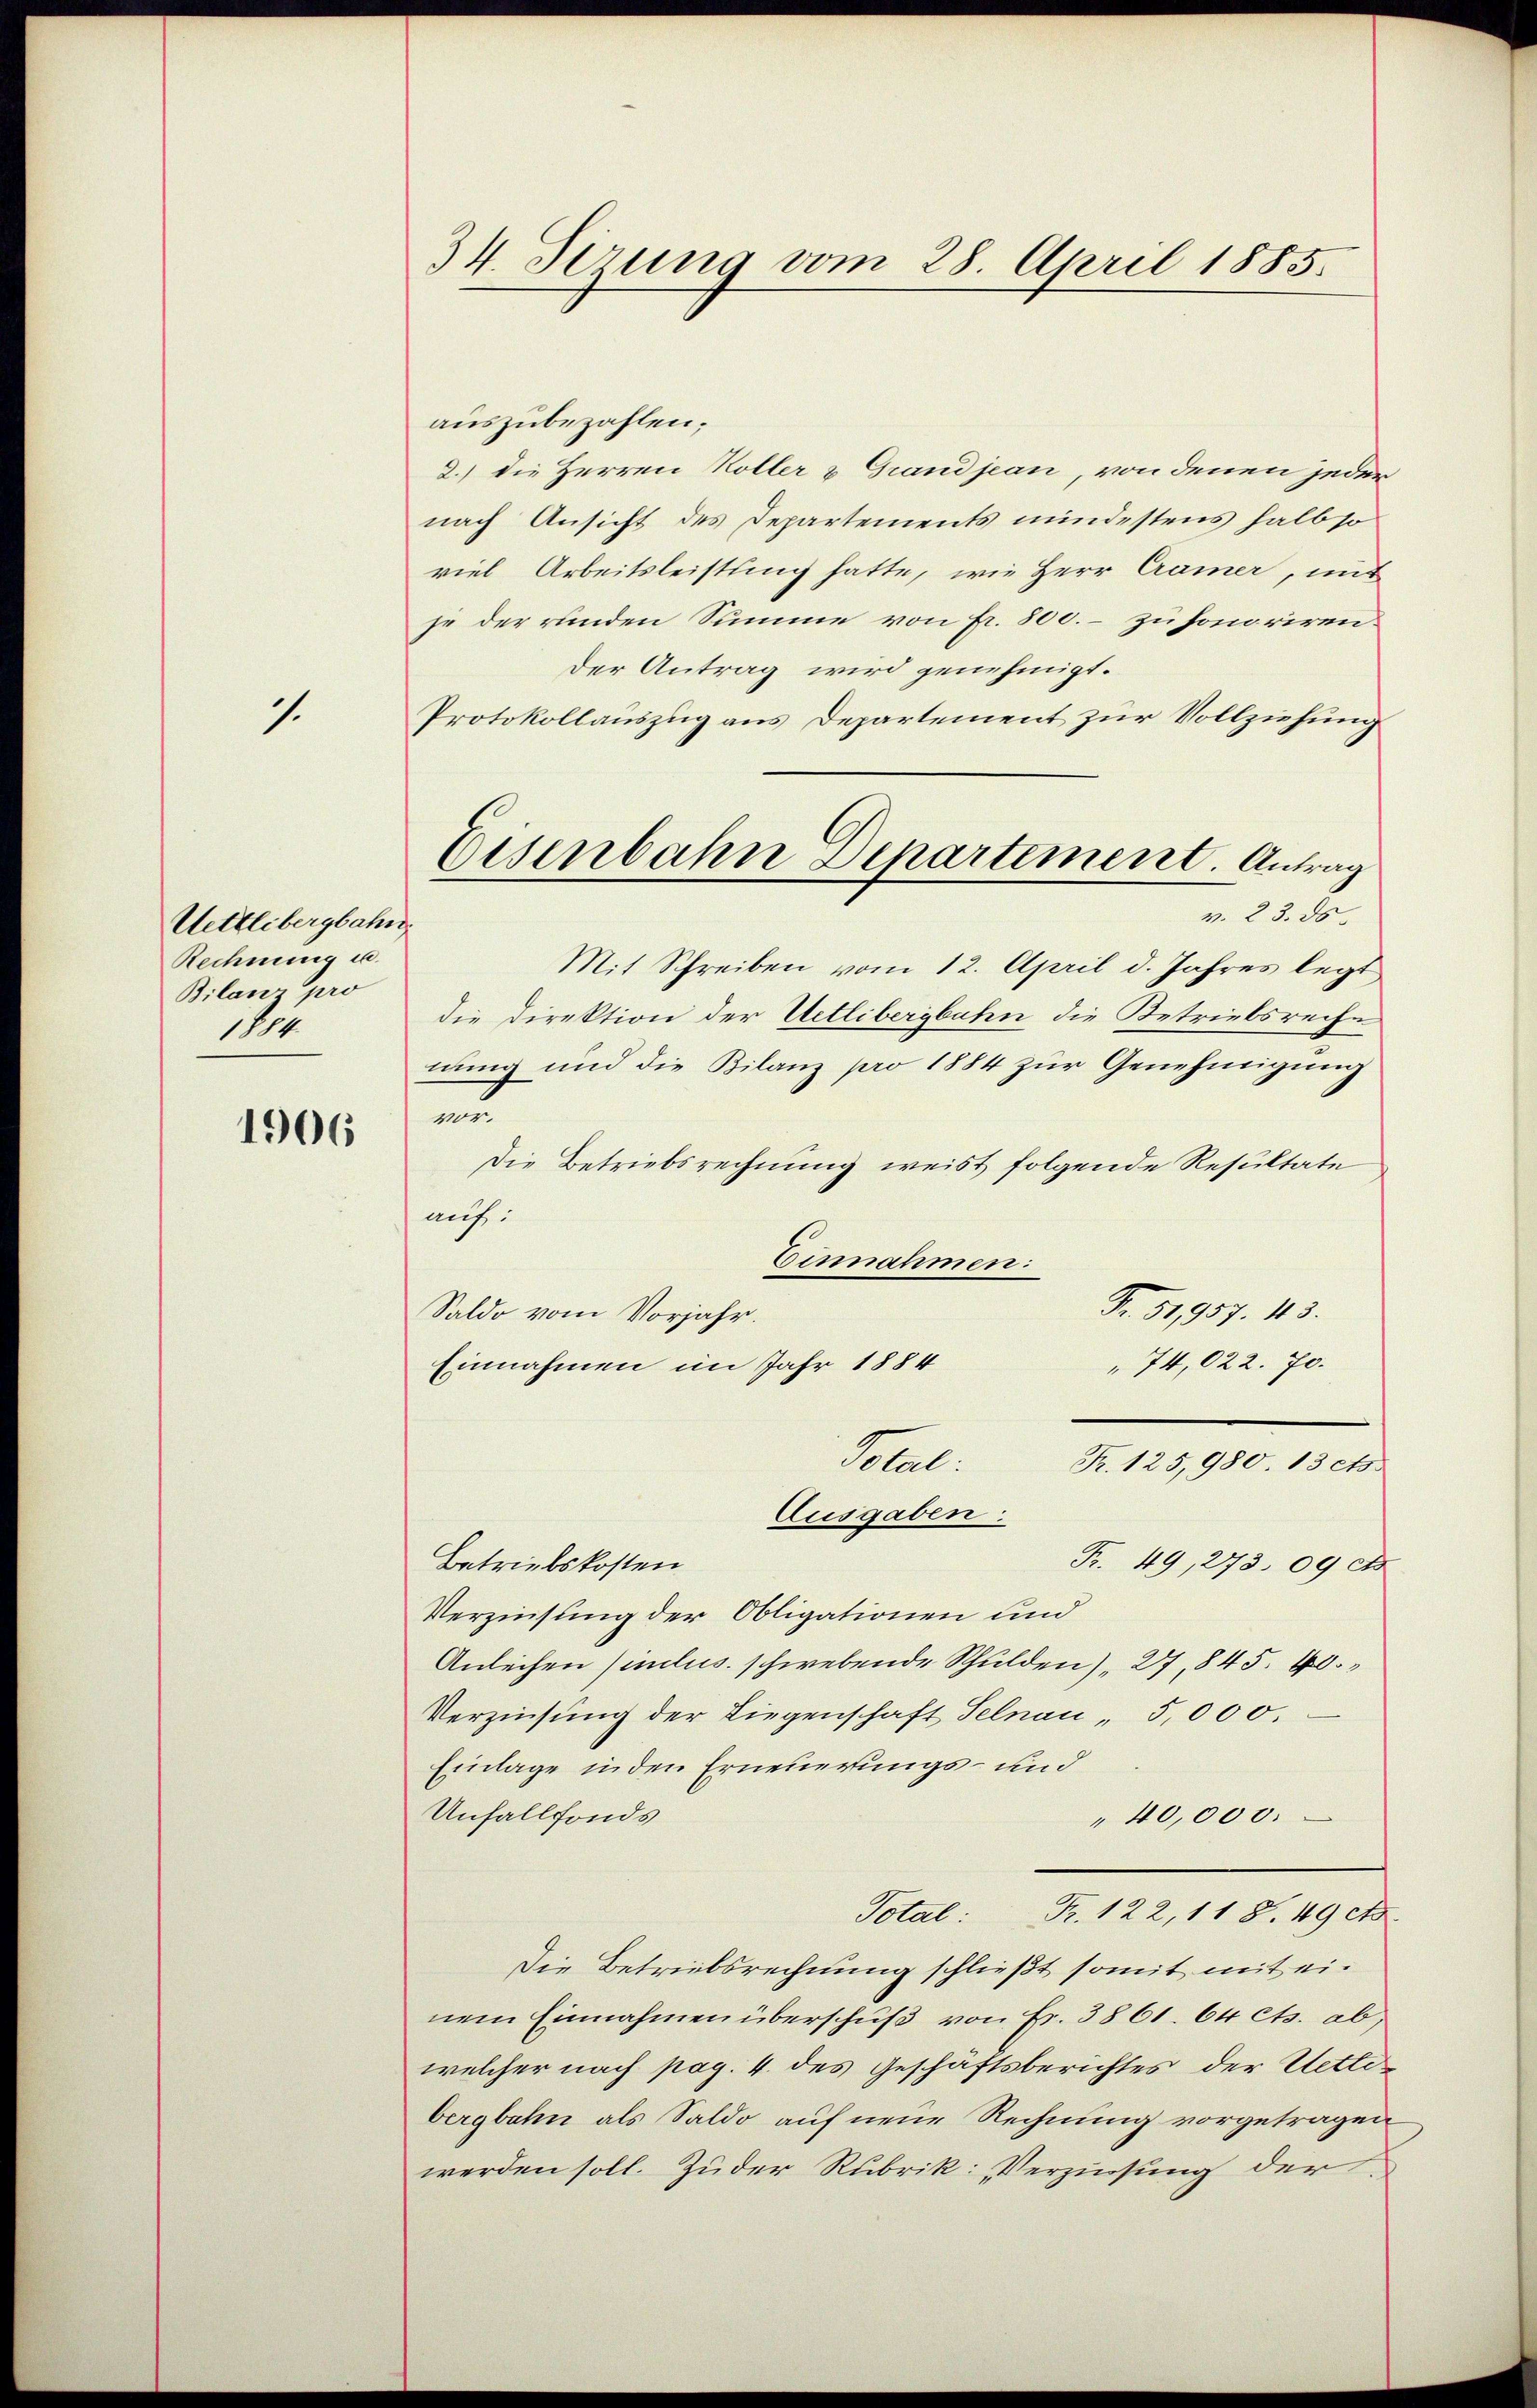
1.

Uettlibergbahn
Rechnung u.
Bilanz pro
dt

1906

34 Sirung vom 28. April 1885.

auszubezahlen;
2.) die Herren Koller & Grandjean, von denen jeder
nach Ansicht des Departements mindestens halb so
viel Arbeitsleistung hatte, wie Herr Cramer, mit
je der runden Summe von fr. 800.- zu honoriren.
Der Antrag wird genehmigt.
Protokollauszug aus Departement zur Vollziehung
Mit Schreiben vom 12. April d. Jahres legt
die Direktion der Uetlibergbahn die Betriebsreche
nung und die Bilanz pro 1884 zur Genehmigung
an
Die Betriebsrechnung weist folgende Resultate
auf:
Einnahmen:
Fr. 51,957. 113.
Saldo vom Vorjahr.
Einnahmen im Jahr 1884
74,022. 70.
Bat.
Fr. 125,980. 13 cts.
Ausgaben
Fr. 49, 273. 09 cs
Betriebskosten
Verzinsung der Obligationen und
Anleihen (inclus. schwebende Schulden), 27, 845. 60
Verzinsung der Liegenschaft Selnau " 5,000.
Einlage in den Erneuerungs- und
Unfallfonds
40,000.
Total: Fr. 122, 118. 49 ets
Die Betriebsrechnung schließt somit mit einem Einnahmen überschuß von Fr. 3861. 64 cts. ab,
welcher nach pag. 4. des Geschäftsberichtes der Uetlibergbahn als Saldo auf neue Rechnung vorgetragen
werden soll. Zuder Rubrik: „Verzinsung der

Eisenbahn Departement. Antrag
v. 23. ds.